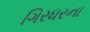
ગિરધરના